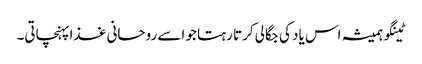
ٹینگو ہمیشہ اس یاد کی جگالی کرتا رہتا جو اسے روحانی غذا پہنچاتی۔